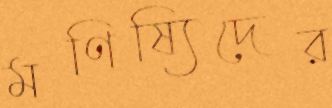
মণিষ্যিদের